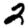
Digit: 2